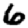
Digit: 6